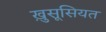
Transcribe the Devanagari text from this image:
ख़ुसूसियत